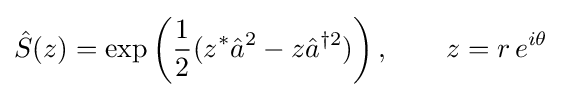
{\hat {S}}(z)=\exp \left({1 \over 2}(z^{*}{\hat {a}}^{2}-z{\hat {a}}^{\dagger 2})\right),\qquad z=r\,e^{i\theta }